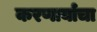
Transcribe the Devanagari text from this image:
करणार्याचा